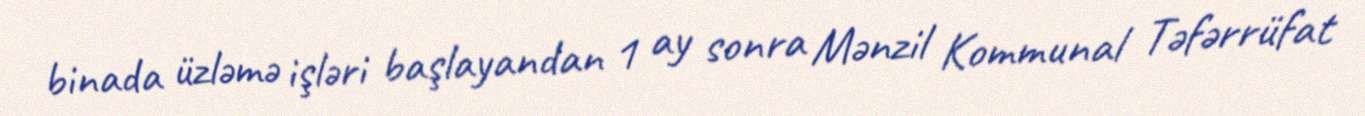
binada üzləmə işləri başlayandan 1 ay sonra Mənzil Kommunal Təfərrüfat